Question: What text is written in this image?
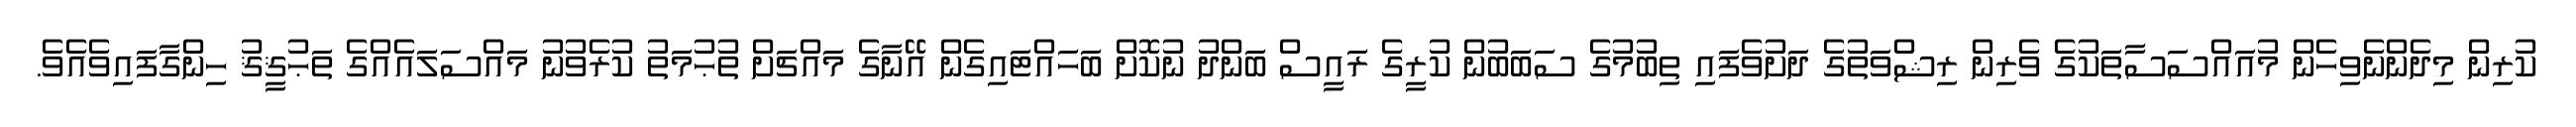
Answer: ކުރިން މިދެންނެވިހެން މުއައްސަސާތަކުގެ ވެރިން ރިޝްވަތުގެ ދަށުވެފައި ތިބުމުގެ ސަބަބުން ކުރީގެ ރައީސް ބަންދު ނުކޮށް ބަހައްޓައިގެން އޭނާގެ މައްޗަށް ތުޙުމަތު ކުރެވުނު މައްސަލައެއްގެ ތަޙުޤީޤު ހިންގާފައިވެއެވެ.